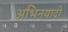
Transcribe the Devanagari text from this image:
अभिनयादी